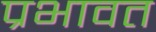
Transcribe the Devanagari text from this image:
प्रभावत